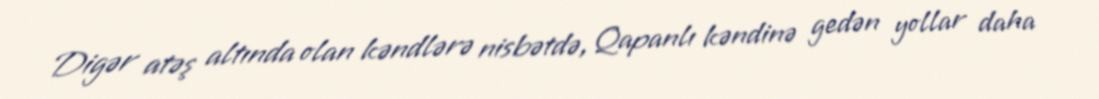
Digər atəş altında olan kəndlərə nisbətdə, Qapanlı kəndinə gedən yollar daha